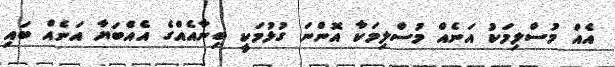
އެއް މުސްލިމަކު އަނެއް މުސްލިމަކާ އޮންނަ ގުޅުމަކީ ބިނާއެއްގެ އެއްބަޔާ އަނެއް ބައި